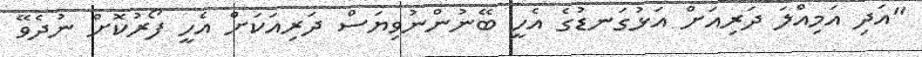
"އަދި އަމިއްލަ ދަރިއަށް އަޅުގަނޑުގެ އެހީ ބޭނުންނުވިޔަސް ދަރިއަކަށް އެހީ ފޯރުކޮށް ނުދެވޭ